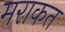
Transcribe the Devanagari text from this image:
मराकत